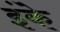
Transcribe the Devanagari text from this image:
इंके